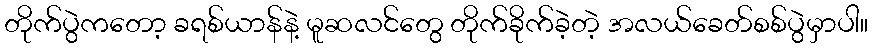
တိုက်ပွဲကတော့ ခရစ်ယာန်နဲ့ မူဆလင်တွေ တိုက်ခိုက်ခဲ့တဲ့ အလယ်ခေတ်စစ်ပွဲမှာပါ။